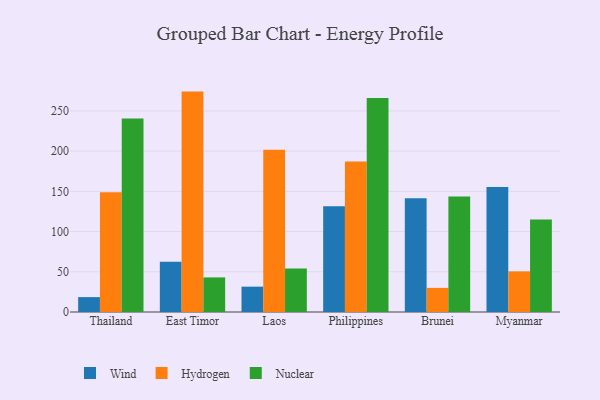
{"axis": {"x": "Country", "y": "Population (Million)"}, "legend": ["Hydrogen", "Nuclear", "Wind"], "data": [{"x": "Thailand", "y": 18.5, "type": "Wind"}, {"x": "Thailand", "y": 148.9, "type": "Hydrogen"}, {"x": "Thailand", "y": 240.6, "type": "Nuclear"}, {"x": "East Timor", "y": 62.4, "type": "Wind"}, {"x": "East Timor", "y": 274.0, "type": "Hydrogen"}, {"x": "East Timor", "y": 43.0, "type": "Nuclear"}, {"x": "Laos", "y": 31.5, "type": "Wind"}, {"x": "Laos", "y": 201.6, "type": "Hydrogen"}, {"x": "Laos", "y": 54.0, "type": "Nuclear"}, {"x": "Philippines", "y": 131.6, "type": "Wind"}, {"x": "Philippines", "y": 187.2, "type": "Hydrogen"}, {"x": "Philippines", "y": 265.9, "type": "Nuclear"}, {"x": "Brunei", "y": 141.4, "type": "Wind"}, {"x": "Brunei", "y": 30.0, "type": "Hydrogen"}, {"x": "Brunei", "y": 143.6, "type": "Nuclear"}, {"x": "Myanmar", "y": 155.4, "type": "Wind"}, {"x": "Myanmar", "y": 50.5, "type": "Hydrogen"}, {"x": "Myanmar", "y": 115.0, "type": "Nuclear"}]}